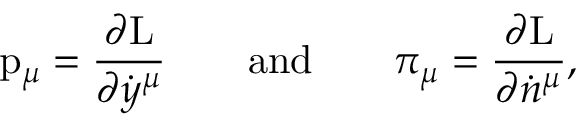
\mathrm { p } _ { \mu } = \frac { \partial \mathrm { L } } { \partial \dot { y } ^ { \mu } } \qquad \mathrm { a n d } \qquad \pi _ { \mu } = \frac { \partial \mathrm { L } } { \partial \dot { n } ^ { \mu } } ,